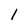
Character: l